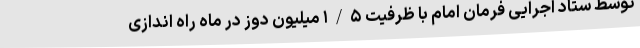
توسط ستاد اجرایی فرمان امام با ظرفیت ۱/۵ میلیون دوز در ماه راه اندازی